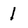
Character: 1